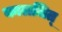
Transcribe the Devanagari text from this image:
कालजित्‌